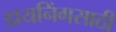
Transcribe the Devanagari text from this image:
डायनिंगसाठी